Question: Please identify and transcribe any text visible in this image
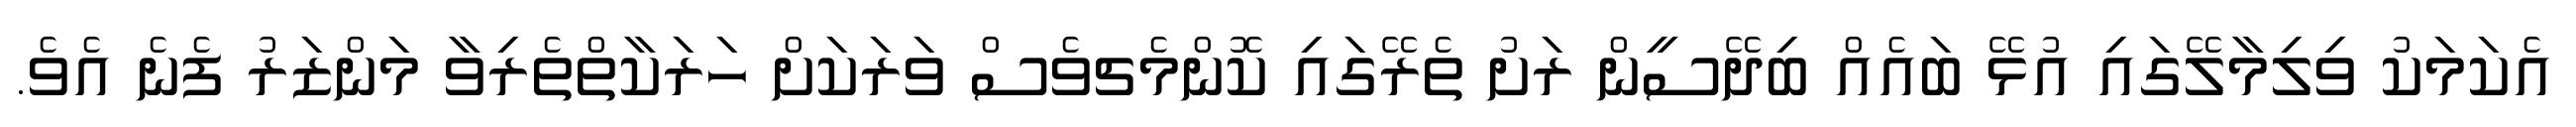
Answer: އެކަމަކު ވިލިމާލޭގައި އުޅޭ ބައެއް ބިދޭސީން ރަށު ތެރޭގައި ކޮންމެޗވެސް ވަރަކަށް ހަރަކާތްތެރިވާ މަންޒަރު ފެނެ އެވެ.